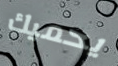
يحميك